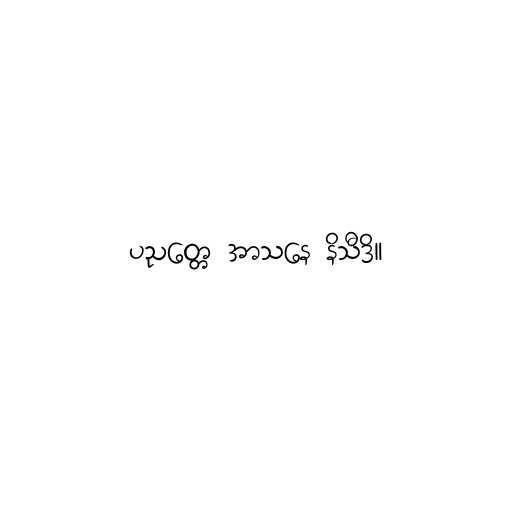
ပညတ္တေ အာသနေ နိသီဒိ။